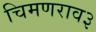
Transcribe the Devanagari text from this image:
चिमणराव३